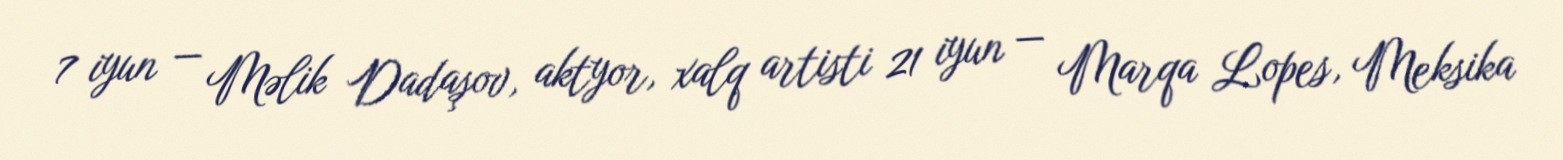
7 iyun — Məlik Dadaşov, aktyor, xalq artisti 21 iyun — Marqa Lopes, Meksika